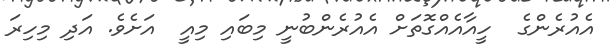
އެއުރެންގެ  ހީއާއެއްގޮތަށް އެއުރެންބުނީ މިބައި މިއީ  އަށެވެ. އަދި މިހިރަ